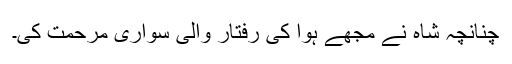
چنانچہ شاہ نے مجھے ہوا کی رفتار والی سواری مرحمت کی۔